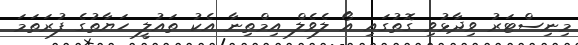
މިނިސްޓަރު ވިދާޅުވި ގޮތުގައި އޯ ލެވެލް އިމްތިނާ އެކު ތައުލީ ހަޔާތުގެ ފުރަތަމަ